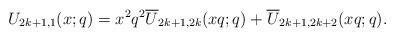
LaTeX: \begin{align*}U_{2k+1,1}(x;q)=x^2q^2\overline{U}_{2k+1,2k}(xq;q)+\overline{U}_{2k+1,2k+2}(xq;q). \end{align*}